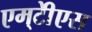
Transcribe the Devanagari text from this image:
एम्‌टीेएस